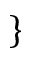
\}